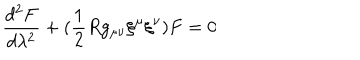
\frac { d ^ { 2 } F } { d \lambda ^ { 2 } } + ( \frac { 1 } { 2 } R g _ { \mu \nu } { \xi } ^ { \mu } { \xi } ^ { \nu } ) F = 0